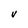
Character: V